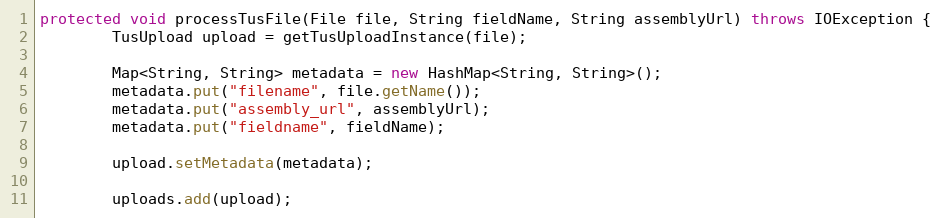
Language: Java
protected void processTusFile(File file, String fieldName, String assemblyUrl) throws IOException {
        TusUpload upload = getTusUploadInstance(file);

        Map<String, String> metadata = new HashMap<String, String>();
        metadata.put("filename", file.getName());
        metadata.put("assembly_url", assemblyUrl);
        metadata.put("fieldname", fieldName);

        upload.setMetadata(metadata);

        uploads.add(upload);